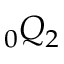
\phantom { } _ { 0 } Q _ { 2 }